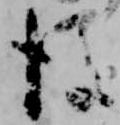
後